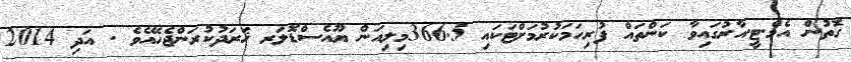
ގޮތުން އެމް.ޓީ.އާރުގައިވާ ކަންތައް ފުރިހަމަކުރުމަށްޓަކައި 366.5މިލިއަން ޔޫއެސްޑޮލަރ ޚަރަދުކުރަންޖެހޭއެވެ . އަދި 2014